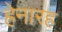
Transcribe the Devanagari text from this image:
ह्रेनारह